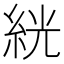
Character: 絖